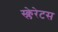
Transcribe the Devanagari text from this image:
स्क्लेरेटस